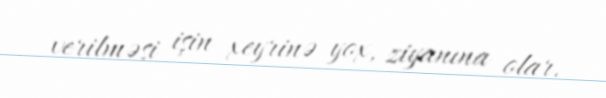
verilməsi işin xeyrinə yox, ziyanına olar.